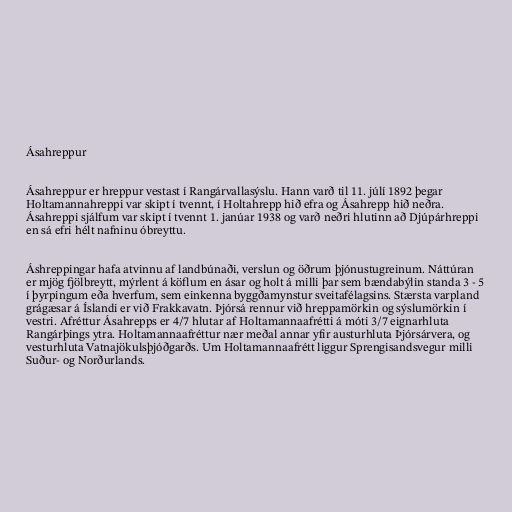
Ásahreppur

Ásahreppur er hreppur vestast í Rangárvallasýslu. Hann varð til 11. júlí 1892 þegar
Holtamannahreppi var skipt í tvennt, í Holtahrepp hið efra og Ásahrepp hið neðra.
Ásahreppi sjálfum var skipt í tvennt 1. janúar 1938 og varð neðri hlutinn að Djúpárhreppi
en sá efri hélt nafninu óbreyttu.

Áshreppingar hafa atvinnu af landbúnaði, verslun og öðrum þjónustugreinum. Náttúran
er mjög fjölbreytt, mýrlent á köflum en ásar og holt á milli þar sem bændabýlin standa 3 - 5
í þyrpingum eða hverfum, sem einkenna byggðamynstur sveitafélagsins. Stærsta varpland
grágæsar á Íslandi er við Frakkavatn. Þjórsá rennur við hreppamörkin og sýslumörkin í
vestri. Afréttur Ásahrepps er 4/7 hlutar af Holtamannaafrétti á móti 3/7 eignarhluta
Rangárþings ytra. Holtamannaafréttur nær meðal annar yfir austurhluta Þjórsárvera, og
vesturhluta Vatnajökulsþjóðgarðs. Um Holtamannaafrétt liggur Sprengisandsvegur milli
Suður- og Norðurlands.